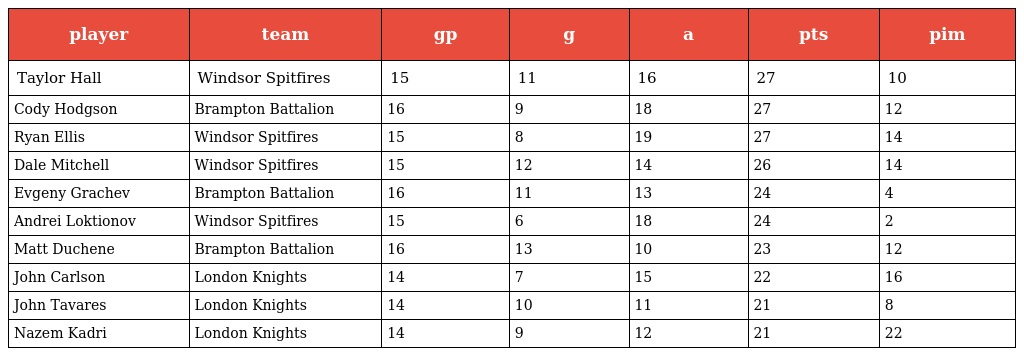
| player | team | gp | g | a | pts | pim |
 | --- | --- | --- | --- | --- | --- | --- |
 | Taylor Hall | Windsor Spitfires | 15 | 11 | 16 | 27 | 10 |
 | Cody Hodgson | Brampton Battalion | 16 | 9 | 18 | 27 | 12 |
 | Ryan Ellis | Windsor Spitfires | 15 | 8 | 19 | 27 | 14 |
 | Dale Mitchell | Windsor Spitfires | 15 | 12 | 14 | 26 | 14 |
 | Evgeny Grachev | Brampton Battalion | 16 | 11 | 13 | 24 | 4 |
 | Andrei Loktionov | Windsor Spitfires | 15 | 6 | 18 | 24 | 2 |
 | Matt Duchene | Brampton Battalion | 16 | 13 | 10 | 23 | 12 |
 | John Carlson | London Knights | 14 | 7 | 15 | 22 | 16 |
 | John Tavares | London Knights | 14 | 10 | 11 | 21 | 8 |
 | Nazem Kadri | London Knights | 14 | 9 | 12 | 21 | 22 |